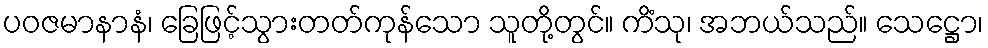
ပဝဇမာနာနံ၊ ခြေဖြင့်သွားတတ်ကုန်သော သူတို့တွင်။ ကိံသု၊ အဘယ်သည်။ သေဋ္ဌော၊